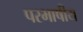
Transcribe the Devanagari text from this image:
परभाषीय